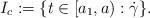
LaTeX: \begin{align*}I_c:=\{t\in[a_1,a):\dot\gamma\}.\end{align*}